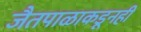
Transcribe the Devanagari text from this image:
जैतपाळाकडूनही